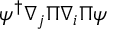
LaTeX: \psi ^ { \dagger } \nabla _ { j } \Pi \nabla _ { i } \Pi \psi